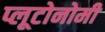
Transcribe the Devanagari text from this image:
प्लूटोनोमी